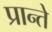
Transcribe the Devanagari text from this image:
प्रान्ते